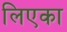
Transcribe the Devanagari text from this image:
लिएका